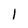
Character: 1